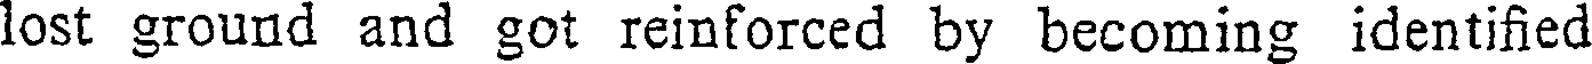
lost ground and got reinforced by becoming identified